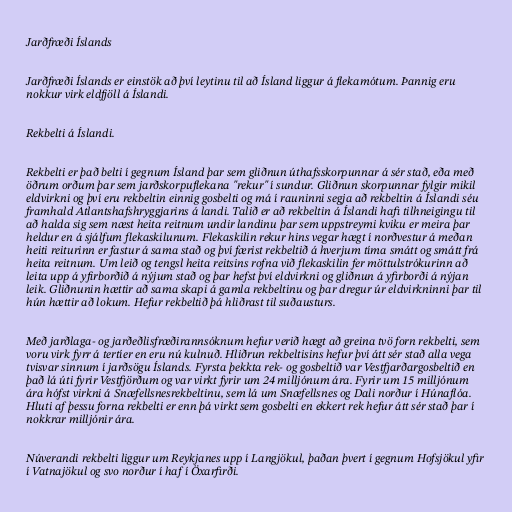
Jarðfræði Íslands

Jarðfræði Íslands er einstök að því leytinu til að Ísland liggur á flekamótum. Þannig eru
nokkur virk eldfjöll á Íslandi.

Rekbelti á Íslandi.

Rekbelti er það belti í gegnum Ísland þar sem gliðnun úthafsskorpunnar á sér stað, eða með
öðrum orðum þar sem jarðskorpuflekana "rekur" í sundur. Gliðnun skorpunnar fylgir mikil
eldvirkni og því eru rekbeltin einnig gosbelti og má í rauninni segja að rekbeltin á Íslandi séu
framhald Atlantshafshryggjarins á landi. Talið er að rekbeltin á Íslandi hafi tilhneigingu til
að halda sig sem næst heita reitnum undir landinu þar sem uppstreymi kviku er meira þar
heldur en á sjálfum flekaskilunum. Flekaskilin rekur hins vegar hægt í norðvestur á meðan
heiti reiturinn er fastur á sama stað og því færist rekbeltið á hverjum tíma smátt og smátt frá
heita reitnum. Um leið og tengsl heita reitsins rofna við flekaskilin fer möttulstrókurinn að
leita upp á yfirborðið á nýjum stað og þar hefst því eldvirkni og gliðnun á yfirborði á nýjan
leik. Gliðnunin hættir að sama skapi á gamla rekbeltinu og þar dregur úr eldvirkninni þar til
hún hættir að lokum. Hefur rekbeltið þá hliðrast til suðausturs.

Með jarðlaga- og jarðeðlisfræðirannsóknum hefur verið hægt að greina tvö forn rekbelti, sem
voru virk fyrr á tertíer en eru nú kulnuð. Hliðrun rekbeltisins hefur því átt sér stað alla vega
tvisvar sinnum í jarðsögu Íslands. Fyrsta þekkta rek- og gosbeltið var Vestfjarðargosbeltið en
það lá úti fyrir Vestfjörðum og var virkt fyrir um 24 milljónum ára. Fyrir um 15 milljónum
ára hófst virkni á Snæfellsnesrekbeltinu, sem lá um Snæfellsnes og Dali norður í Húnaflóa.
Hluti af þessu forna rekbelti er enn þá virkt sem gosbelti en ekkert rek hefur átt sér stað þar í
nokkrar milljónir ára.

Núverandi rekbelti liggur um Reykjanes upp í Langjökul, þaðan þvert í gegnum Hofsjökul yfir
í Vatnajökul og svo norður í haf í Öxarfirði.